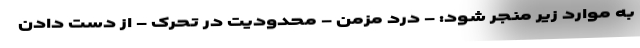
به موارد زیر منجر شود: - درد مزمن - محدودیت در تحرک - از دست دادن